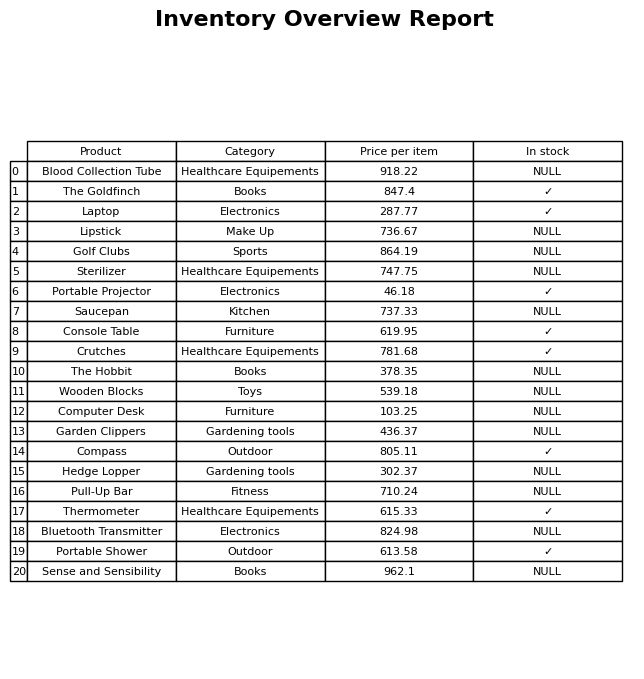
question: Is the Golf Clubs in stock?
answer: NULL